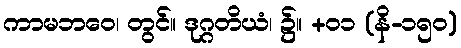
ကာမဘဝေ၊ တွင်။ ဒုဂ္ဂတိယံ၊ ၌။ +၀၁ (နိ-၁၅၀)